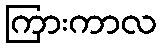
ကြားကာလ